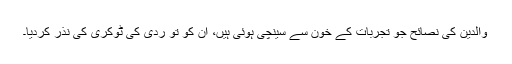
والدین کی نصائح جو تجربات کے خون سے سینچی ہوئی ہیں، ان کو تو ردّی کی ٹوکری کی نذر کردیا۔